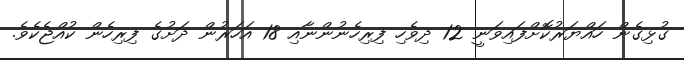
ގުޅިގެން ހައްޔަރުުކޮށްފައިވަނީ 12 ދިވެހި ފިރިހެނުންނާއި 18 އަހަރުން ދަށުގެ ފިރިހެން ކުއްޖެކެވެ.